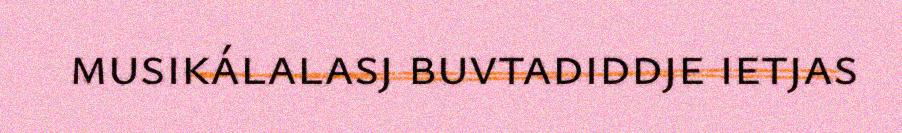
musikálalasj buvtadiddje ietjas